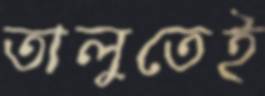
তালুতেই